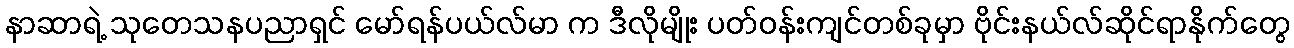
နာဆာရဲ့ သုတေသနပညာရှင် မော်ရန်ပယ်လ်မာ က ဒီလိုမျိုး ပတ်ဝန်းကျင်တစ်ခုမှာ ဗိုင်းနယ်လ်ဆိုင်ရာနိုက်တွေ